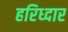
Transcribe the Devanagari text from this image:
हरिध्दार